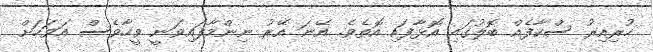
ހުރިއިރު ސްކާފެއް ބޮލުގައި އޮޅާފައި އޮތެވެ. އޭނަ އޭރު ނިންމާފައިވަނީ ވީހާވެސް އަވަހަށް